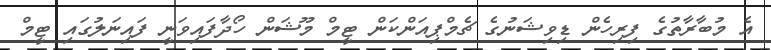
އެ މުބާރާތުގެ ފިރިހެން ޑިވިޝަނުގެ ޗެމްޕިއަންކަން ޓީމް މޫޝަން ހޯދާފައިވަނީ ފައިނަލުގައި ޓީމް